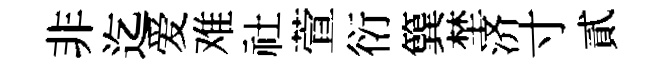
非迄爱难社萱衍簨埜济寸貳